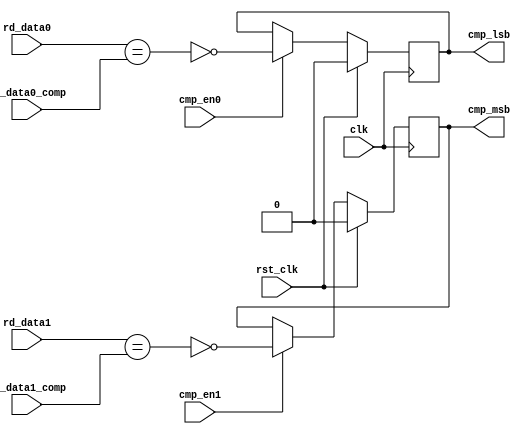
//*****************************************************************************
//(c) Copyright 2006 - 2009 Xilinx, Inc. All rights reserved.
//
// This file contains confidential and proprietary information
// of Xilinx, Inc. and is protected under U.S. and
// international copyright and other intellectual property
// laws.
//
// DISCLAIMER
// This disclaimer is not a license and does not grant any
// rights to the materials distributed herewith. Except as
// otherwise provided in a valid license issued to you by
// Xilinx, and to the maximum extent permitted by applicable
// law: (1) THESE MATERIALS ARE MADE AVAILABLE "AS IS" AND
// WITH ALL FAULTS, AND XILINX HEREBY DISCLAIMS ALL WARRANTIES
// AND CONDITIONS, EXPRESS, IMPLIED, OR STATUTORY, INCLUDING
// BUT NOT LIMITED TO WARRANTIES OF MERCHANTABILITY, NON-
// INFRINGEMENT, OR FITNESS FOR ANY PARTICULAR PURPOSE; and
// (2) Xilinx shall not be liable (whether in contract or tort,
// including negligence, or under any other theory of
// liability) for any loss or damage of any kind or nature
// related to, arising under or in connection with these
// materials, including for any direct, or any indirect,
// special, incidental, or consequential loss or damage
// (including loss of data, profits, goodwill, or any type of
// loss or damage suffered as a result of any action brought
// by a third party) even if such damage or loss was
// reasonably foreseeable or Xilinx had been advised of the
// possibility of the same.
//
// CRITICAL APPLICATIONS
// Xilinx products are not designed or intended to be fail-
// safe, or for use in any application requiring fail-safe
// performance, such as life-support or safety devices or
// systems, Class III medical devices, nuclear facilities,
// applications related to the deployment of airbags, or any
// other applications that could lead to death, personal
// injury, or severe property or environmental damage
// (individually and collectively, "Critical
// Applications"). Customer assumes the sole risk and
// liability of any use of Xilinx products in Critical
// Applications, subject only to applicable laws and
// regulations governing limitations on product liability.
//
// THIS COPYRIGHT NOTICE AND DISCLAIMER MUST BE RETAINED AS
// PART OF THIS FILE AT ALL TIMES.

////////////////////////////////////////////////////////////////////////////////
//   ____  ____
//  /   /\/   /
// /___/  \  /    Vendor             : Xilinx
// \   \   \/     Version            : 3.8 
//  \   \         Application        : MIG
//  /   /         Filename           : tb_cmp_data_bits.v
// /___/   /\     Date Last Modified  : $Date: 2011/05/27 15:51:52 $
// \   \  /  \    Date Created        : 15 May 2006
//  \___\/\___\
//
//Device: Virtex-6
//Design: QDRII /RLDRAM-II
//
//Purpose:
//    This module
//       1. Incorporates a one bit comparision scheme.
//
//Revision History:
//
////////////////////////////////////////////////////////////////////////////////

`timescale 1ps/1ps

module tb_cmp_data_bits #(
  parameter TCQ = 100   //Register Delay
)
(
  input      clk,
  input      rst_clk,
  input      cmp_en0,
  input      cmp_en1,
  input      rd_data1,
  input      rd_data0,
  input      rd_data0_comp,
  input      rd_data1_comp,
  output reg cmp_lsb,
  output reg cmp_msb
);

  always @ (posedge clk)
    begin
      if (rst_clk) begin
         cmp_lsb <=#TCQ 1'b0;
         cmp_msb <=#TCQ 1'b0;
      end else begin
        //Compare the LSB bit
        if (cmp_en0)
          cmp_lsb <=#TCQ ~(rd_data0 == rd_data0_comp);

        //Compare the MSB bit
        if (cmp_en1)
          cmp_msb <=#TCQ ~(rd_data1 == rd_data1_comp);
      end
    end

endmodule